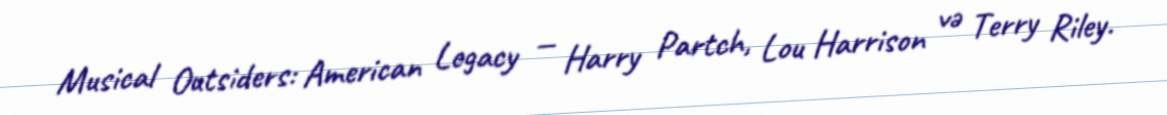
Musical Outsiders: American Legacy — Harry Partch, Lou Harrison və Terry Riley.